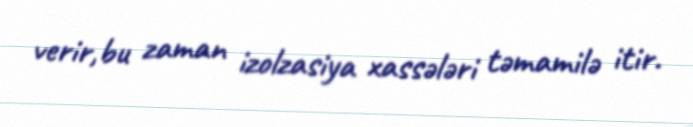
verir,bu zaman izolzasiya xassələri təmamilə itir.